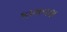
કામવશ